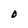
Character: O